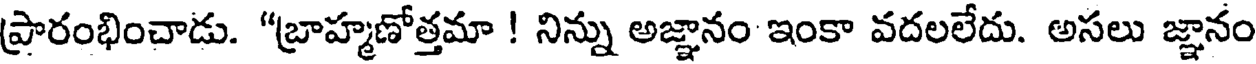
ప్రారంభించాడు. "బ్రాహ్మణోత్తమా ! నిన్ను అజ్ఞానం ఇంకా వదలలేదు. అసలు జ్ఞానం